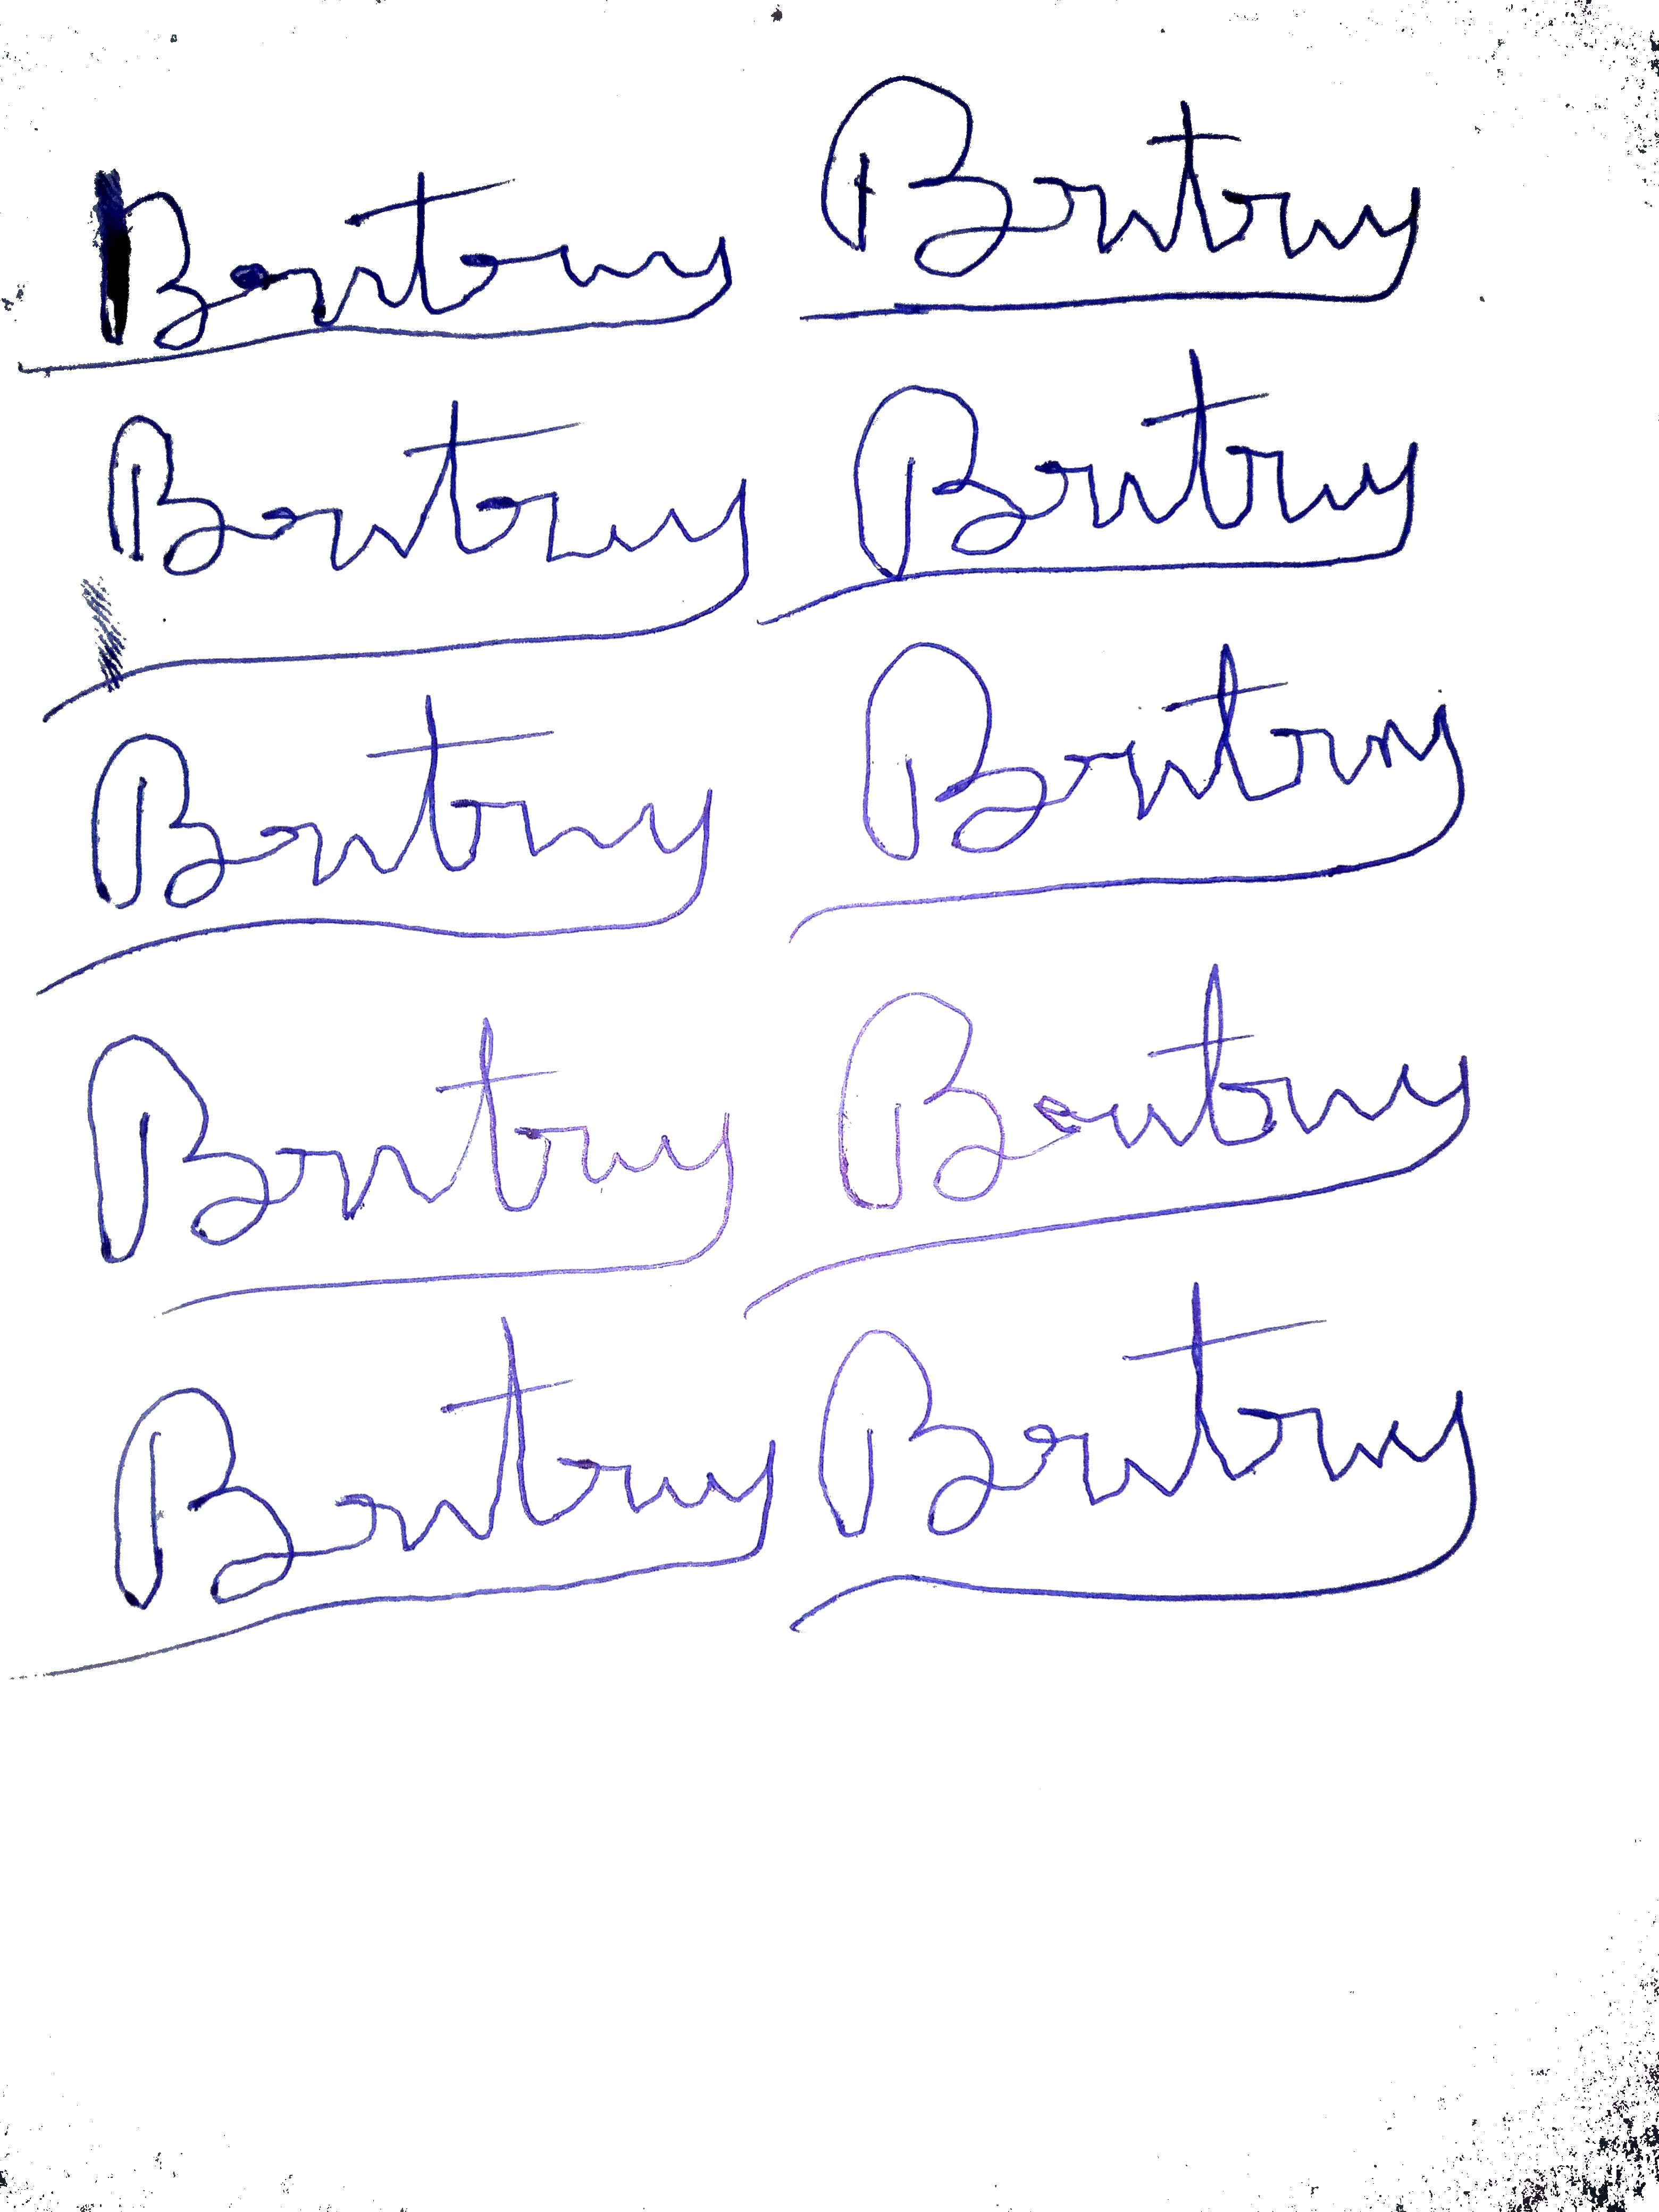
Signature authenticity: forged